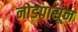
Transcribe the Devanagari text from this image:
नोडपासून